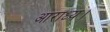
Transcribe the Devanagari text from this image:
आराध्य।